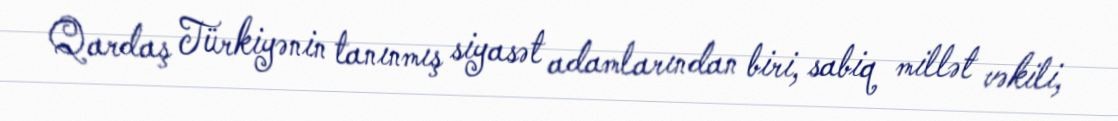
Qardaş Türkiyənin tanınmış siyasət adamlarından biri, sabiq millət vəkili,